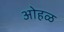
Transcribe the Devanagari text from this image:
ओहळ